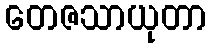
တေဇသာယုတာ